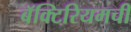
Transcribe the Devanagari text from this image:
बॅक्टिरियमची